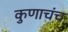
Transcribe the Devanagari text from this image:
कुणाचंच